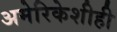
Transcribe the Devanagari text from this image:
अमेरिकेशीही